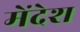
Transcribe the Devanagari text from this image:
मेंदेश